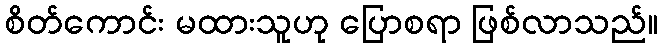
စိတ်ကောင်း မထားသူဟု ပြောစရာ ဖြစ်လာသည်။